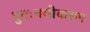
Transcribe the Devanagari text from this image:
पुनःनमीकरण